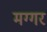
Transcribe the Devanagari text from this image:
मग्गर